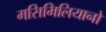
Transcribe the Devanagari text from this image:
मसिमिलियानो